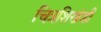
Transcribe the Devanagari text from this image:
चित्रशिखंडी